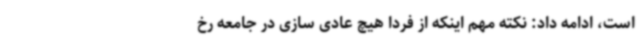
است، ادامه داد: نکته مهم اینکه از فردا هیچ عادی سازی در جامعه رخ